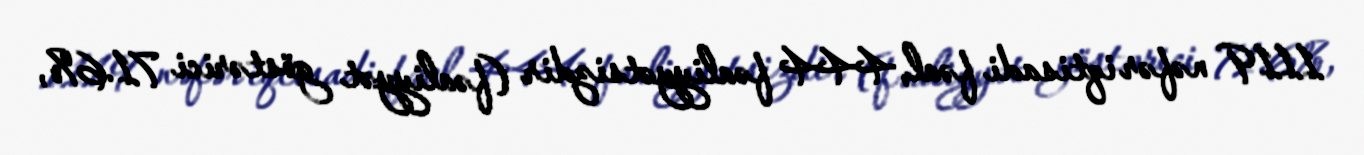
1119 nəfər iqtisadi fəal, 444 fəaliyyətsizdir (fəaliyyət göstərici 71.6%,